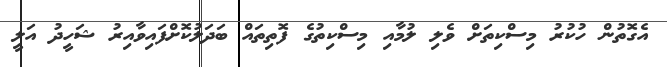
އެގޮތުން ހުކުރު މިސްކިތަށް ވެލި ލުމާއި މިސްކިތުގެ ފޮތިތައް ބަދަލުކޮށްފައިވާއިރު ޝަހީދު އަލީ